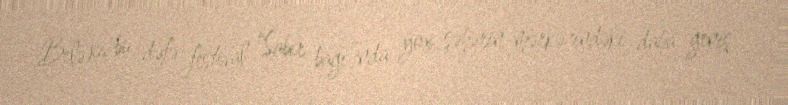
Belə ki, bu dəfə festival “Sabir bağı”nda yox, şəhərin mərkəzindəki daha geniş